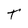
Character: T